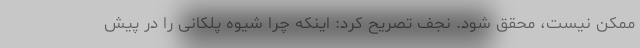
ممکن نیست، محقق شود. نجف تصریح کرد: اینکه چرا شیوه پلکانی را در پیش